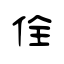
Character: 佺